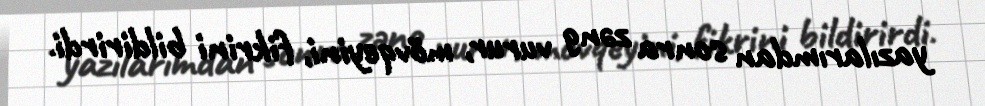
yazılarımdan sonra zəng vurur, mövqeyini, fikrini bildirirdi.